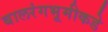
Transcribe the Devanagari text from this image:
बालरंगभूमीकडे